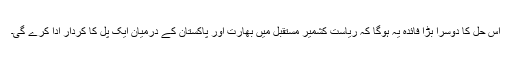
اس حل کا دوسرا بڑا فائدہ یہ ہوگا کہ ریاست کشمیر مستقبل میں بھارت اور پاکستان کے درمیان ایک پل کا کردار ادا کرے گی۔